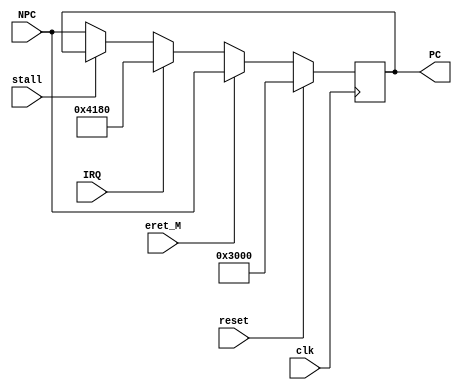
// This program was cloned from: https://github.com/SilenceX12138/MIPS-Microsystems
// License: MIT License

`timescale 1ns / 1ps

module PC(clk,reset,stall,IRQ,eret_M,NPC,PC);
//interface
	input clk;
	input reset;
	input stall;
	input IRQ;
	input eret_M;
	
	input [31:0] NPC;
	
	output reg [31:0] PC;

//initial address
	parameter init_addr=32'h0000_3000,
			  exc_handler_addr=32'h0000_4180;

	/*
	initial
		begin
			PC=init_addr;
		end
	*/
		
	always @(posedge clk)
		begin
			if(reset)PC<=init_addr;
			else if(eret_M)PC<=NPC;
			else if(IRQ)PC<=exc_handler_addr;
			else if(stall)PC<=PC;
			else PC<=NPC;
		end
	
endmodule